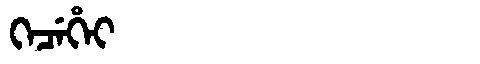
Manchu: ᡴᡝᠴᡝᡥᡝᡳ
Romanization: KECEHEI